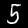
Digit: 5